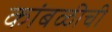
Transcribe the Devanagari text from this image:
कांबळीची